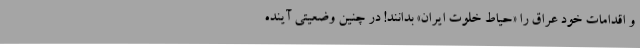
و اقدامات خود عراق را «حیاط خلوت ایران» بدانند! در چنین وضعیتی آینده